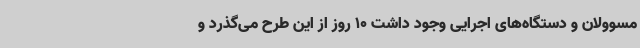
مسوولان و دستگاه‌های اجرایی وجود داشت 10 روز از این طرح می‌گذرد و